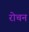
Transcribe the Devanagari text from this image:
रोचन